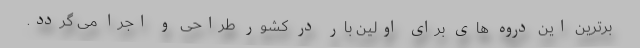
برترین این دروه های برای اولین بار در کشور طراحی و اجرا می گردد.